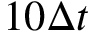
1 0 \Delta t